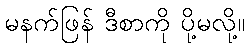
မနက်ဖြန် ဒီစာကို ပို့မလို့။